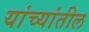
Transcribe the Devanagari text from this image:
यांच्यांतील